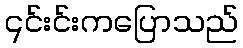
၎င်းင်းကပြောသည်